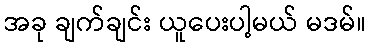
အခု ချက်ချင်း ယူပေးပါ့မယ် မဒမ်။